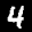
Label: 4